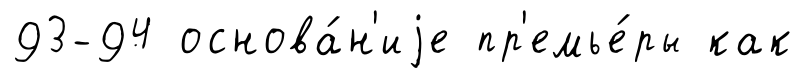
93-94 основа́н'иjе пр'емье́ры как